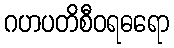
ဂဟပတိစီဝရဓရော